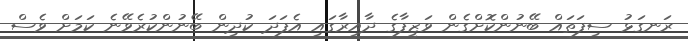
ރަނގަޅު ސިފަތައް ބޭނުންކޮށްގެން ވަޒީފާގެ ދާއިރާގައި އެފަދަ ކުދިން ބޭނުންކުރެވޭނެ ކަމަށް ވެސް